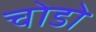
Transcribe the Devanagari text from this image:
चोडो